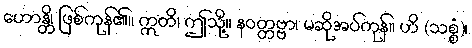
ဟောန္တိ၊ ဖြစ်ကုန်၏။ ဣတိ၊ ဤသို့။ နဝတ္တဗ္ဗာ၊ မဆိုအပ်ကုန်။ ဟိ (သစ္စံ)၊